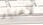
لاختبار